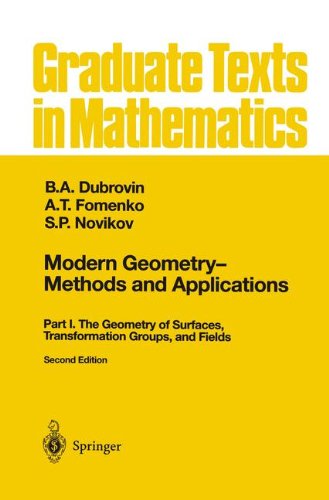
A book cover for Modern Geometry  Methods and Applications: Part I: The Geometry of Surfaces, Transformation Groups, and Fields (Graduate Texts in Mathematics) (Pt. 1); B.A. Dubrovin; Science & Math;